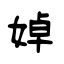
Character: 婥